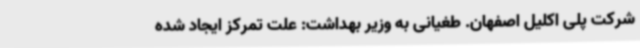
شرکت پلی اکلیل اصفهان. طغیانی به وزیر بهداشت: علت تمرکز ایجاد شده